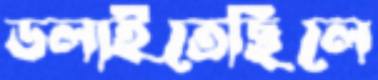
ডলাইতেছিলে